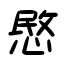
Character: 愍